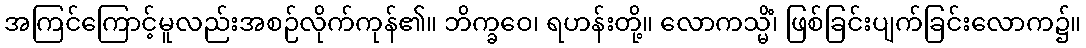
အကြင်ကြောင့်မူလည်းအစဉ်လိုက်ကုန်၏။ ဘိက္ခဝေ၊ ရဟန်းတို့။ လောကသ္မိံ၊ ဖြစ်ခြင်းပျက်ခြင်းလောက၌။